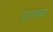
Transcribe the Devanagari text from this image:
घटनेवरच